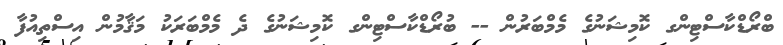
ބްރޯޑްކާސްޓިންގ ކޮމިޝަނުގެ މެމްބަރުން -- ބުރޯޑްކާސްޓިންގ ކޮމިޝަނުގެ ދެ މެމްބަރަކު މަޤާމުން އިސްތިއުފާ